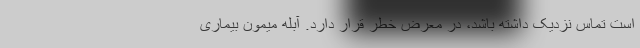
است تماس نزدیک داشته باشد، در معرض خطر قرار دارد. آبله میمون بیماری